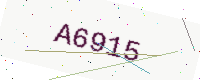
Text: A6915